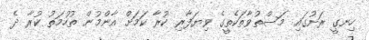
ހިނގީ ރަށުގައި މަސްތުވާތަކެތީގެ ވިޔަފާރި ކުރާ ކަމަށް އާންމުން ތުހުމަތު ކުރާ ދެ